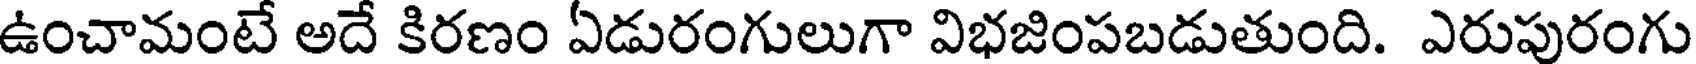
ఉంచామంటే అదే కిరణం ఏడురంగులుగా విభజింపబడుతుంది. ఎరుపురంగు